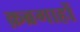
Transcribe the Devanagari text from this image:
क़ब्रगाहों